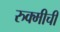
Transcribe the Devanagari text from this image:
रुक्मीची